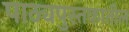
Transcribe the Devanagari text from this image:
पाठ्यपुस्तकातील